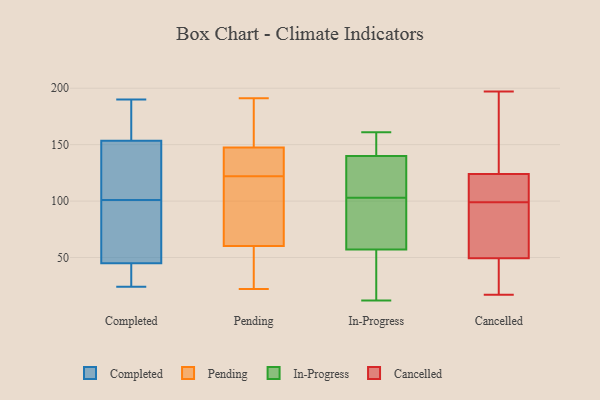
{"axis": {"x": "Revenue (USD Million)", "y": "Value"}, "legend": ["Cancelled", "Completed", "In-Progress", "Pending"], "data": [{"x": "", "y": 27, "type": "Completed"}, {"x": "", "y": 54, "type": "Completed"}, {"x": "", "y": 134, "type": "Completed"}, {"x": "", "y": 89, "type": "Completed"}, {"x": "", "y": 113, "type": "Completed"}, {"x": "", "y": 143, "type": "Completed"}, {"x": "", "y": 164, "type": "Completed"}, {"x": "", "y": 88, "type": "Completed"}, {"x": "", "y": 57, "type": "Completed"}, {"x": "", "y": 138, "type": "Completed"}, {"x": "", "y": 183, "type": "Completed"}, {"x": "", "y": 35, "type": "Completed"}, {"x": "", "y": 25, "type": "Completed"}, {"x": "", "y": 177, "type": "Completed"}, {"x": "", "y": 139, "type": "Completed"}, {"x": "", "y": 24, "type": "Completed"}, {"x": "", "y": 190, "type": "Completed"}, {"x": "", "y": 189, "type": "Completed"}, {"x": "", "y": 36, "type": "Completed"}, {"x": "", "y": 67, "type": "Completed"}, {"x": "", "y": 143, "type": "Pending"}, {"x": "", "y": 69, "type": "Pending"}, {"x": "", "y": 42, "type": "Pending"}, {"x": "", "y": 166, "type": "Pending"}, {"x": "", "y": 169, "type": "Pending"}, {"x": "", "y": 61, "type": "Pending"}, {"x": "", "y": 95, "type": "Pending"}, {"x": "", "y": 149, "type": "Pending"}, {"x": "", "y": 22, "type": "Pending"}, {"x": "", "y": 34, "type": "Pending"}, {"x": "", "y": 127, "type": "Pending"}, {"x": "", "y": 79, "type": "Pending"}, {"x": "", "y": 60, "type": "Pending"}, {"x": "", "y": 171, "type": "Pending"}, {"x": "", "y": 191, "type": "Pending"}, {"x": "", "y": 126, "type": "Pending"}, {"x": "", "y": 129, "type": "Pending"}, {"x": "", "y": 122, "type": "Pending"}, {"x": "", "y": 54, "type": "Pending"}, {"x": "", "y": 12, "type": "In-Progress"}, {"x": "", "y": 140, "type": "In-Progress"}, {"x": "", "y": 161, "type": "In-Progress"}, {"x": "", "y": 88, "type": "In-Progress"}, {"x": "", "y": 122, "type": "In-Progress"}, {"x": "", "y": 57, "type": "In-Progress"}, {"x": "", "y": 13, "type": "In-Progress"}, {"x": "", "y": 145, "type": "In-Progress"}, {"x": "", "y": 118, "type": "In-Progress"}, {"x": "", "y": 57, "type": "In-Progress"}, {"x": "", "y": 180, "type": "Cancelled"}, {"x": "", "y": 107, "type": "Cancelled"}, {"x": "", "y": 193, "type": "Cancelled"}, {"x": "", "y": 118, "type": "Cancelled"}, {"x": "", "y": 105, "type": "Cancelled"}, {"x": "", "y": 59, "type": "Cancelled"}, {"x": "", "y": 197, "type": "Cancelled"}, {"x": "", "y": 49, "type": "Cancelled"}, {"x": "", "y": 136, "type": "Cancelled"}, {"x": "", "y": 47, "type": "Cancelled"}, {"x": "", "y": 49, "type": "Cancelled"}, {"x": "", "y": 99, "type": "Cancelled"}, {"x": "", "y": 17, "type": "Cancelled"}, {"x": "", "y": 43, "type": "Cancelled"}, {"x": "", "y": 77, "type": "Cancelled"}, {"x": "", "y": 50, "type": "Cancelled"}, {"x": "", "y": 126, "type": "Cancelled"}, {"x": "", "y": 57, "type": "Cancelled"}, {"x": "", "y": 102, "type": "Cancelled"}]}